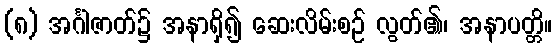
(၈) အင်္ဂါဇာတ်၌ အနာရှိ၍ ဆေးလိမ်းစဉ် လွတ်၏၊ အနာပတ္တိ။